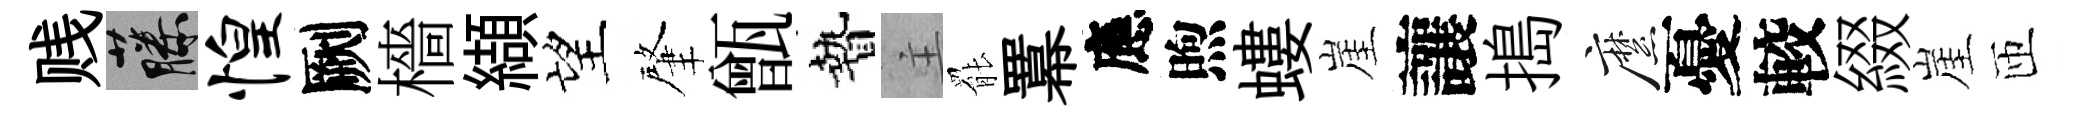
贱藤惶劂檣纈望肇甑贄主罷羃應煦螻崖讓搗縻憂較綴崖匝